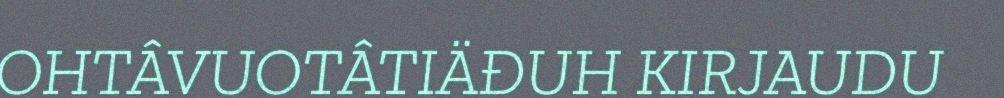
OHTÂVUOTÂTIÄĐUH KIRJAUDU